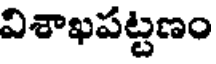
విశాఖపట్టణం